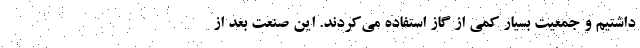
داشتیم و جمعیت بسیار کمی از گاز استفاده می‌کردند. این صنعت بعد از